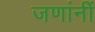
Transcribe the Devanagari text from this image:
जणांनीं